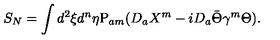
S _ { N } = \int d ^ { 2 } \xi d ^ { n } \eta \mathrm { P } _ { a m } ( D _ { a } X ^ { m } - i D _ { a } \bar { \Theta } \gamma ^ { m } \Theta ) .